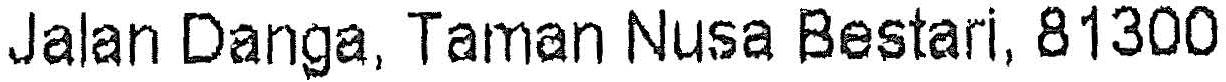
JALAN DANGA, TAMAN NUSA BESTARI, 81300